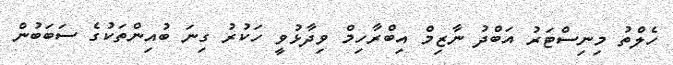
ހެލްތު މިނިސްޓަރު އަބްދު ނާޒިމް އިބްރާހިމް ވިދާޅުވީ ހަކުރު ގިނަ ބުއިންތަކުގެ ސަބަބުން